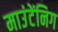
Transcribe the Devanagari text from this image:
माउंटेंनिग